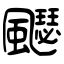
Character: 飋